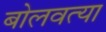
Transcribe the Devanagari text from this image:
बोलवत्या